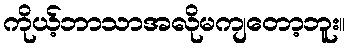
ကိုယ့်ဘာသာအလိုမကျတော့ဘူး။